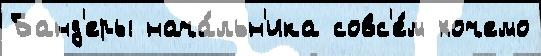
Банд'еры нача́льн'ика совс'е́м хочемо